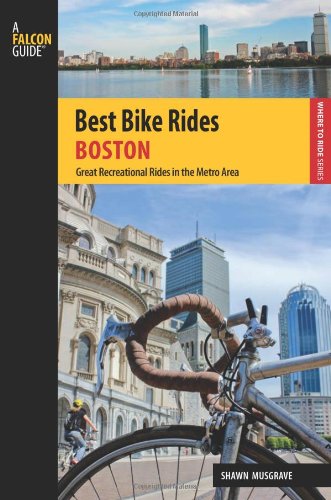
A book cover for Best Bike Rides Boston: Great Recreational Rides In The Metro Area (Best Bike Rides Series); Shawn Musgrave; Travel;